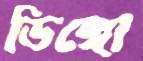
ডিঙ্গো